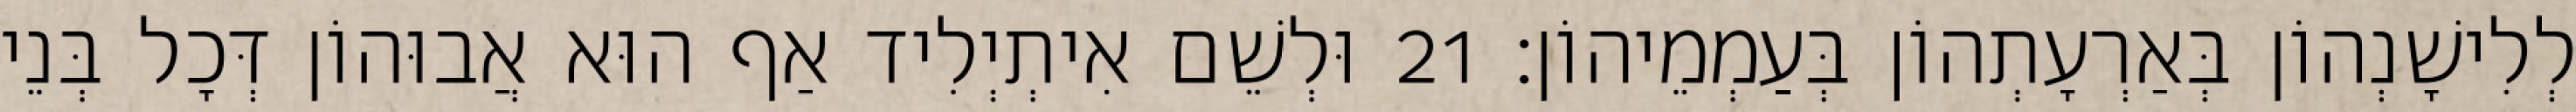
לְלִישָׁנְהוֹן בְּאַרְעָתְהוֹן בְּעַמְמֵיהוֹן׃ 21 וּלְשֵׁם אִיתְיְלִיד אַף הוּא אֲבוּהוֹן דְּכָל בְּנֵי